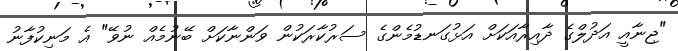
"ޖިނާއީ އަދުލްގެ ދާއިރާއަކަށް އަޅުގަނޑުމެންގެ ސަރުކާރަކުން ވަންނާކަށް ބޭނުމެއް ނުވޭ" އެ މަނިކުފާނު